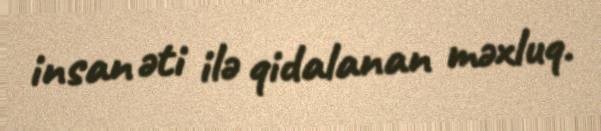
insan əti ilə qidalanan məxluq.